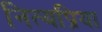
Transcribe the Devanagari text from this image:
नित्यप्रिया